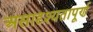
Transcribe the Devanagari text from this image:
असादृश्यतापूर्ण